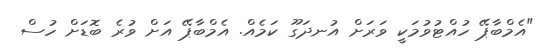
"އެމްބާޕޭ ހުއްޓުވުމަކީ ވަރަށް އުނދަގޫ ކަމެއް. އެމްބާޕޭ އަށް ވުރެ ބޮޑަށް ހުސް